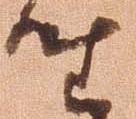
座